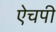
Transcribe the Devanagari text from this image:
ऐचपी